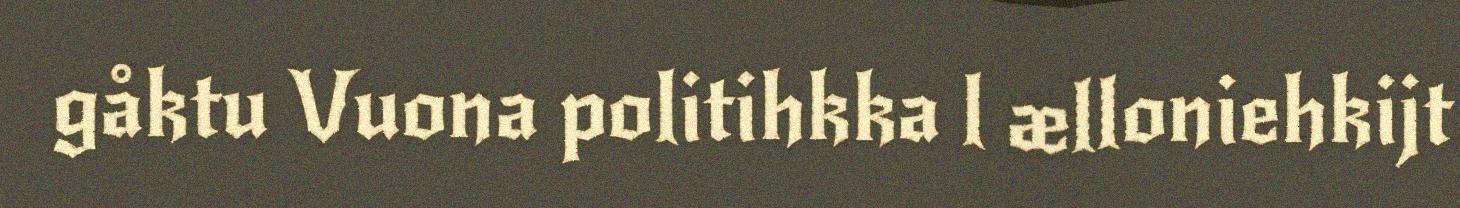
gåktu Vuona politihkka l ælloniehkijt